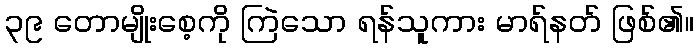
၃၉ တောမျိုးစေ့ကို ကြဲသော ရန်သူကား မာရ်နတ် ဖြစ်၏။